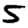
Digit: 5